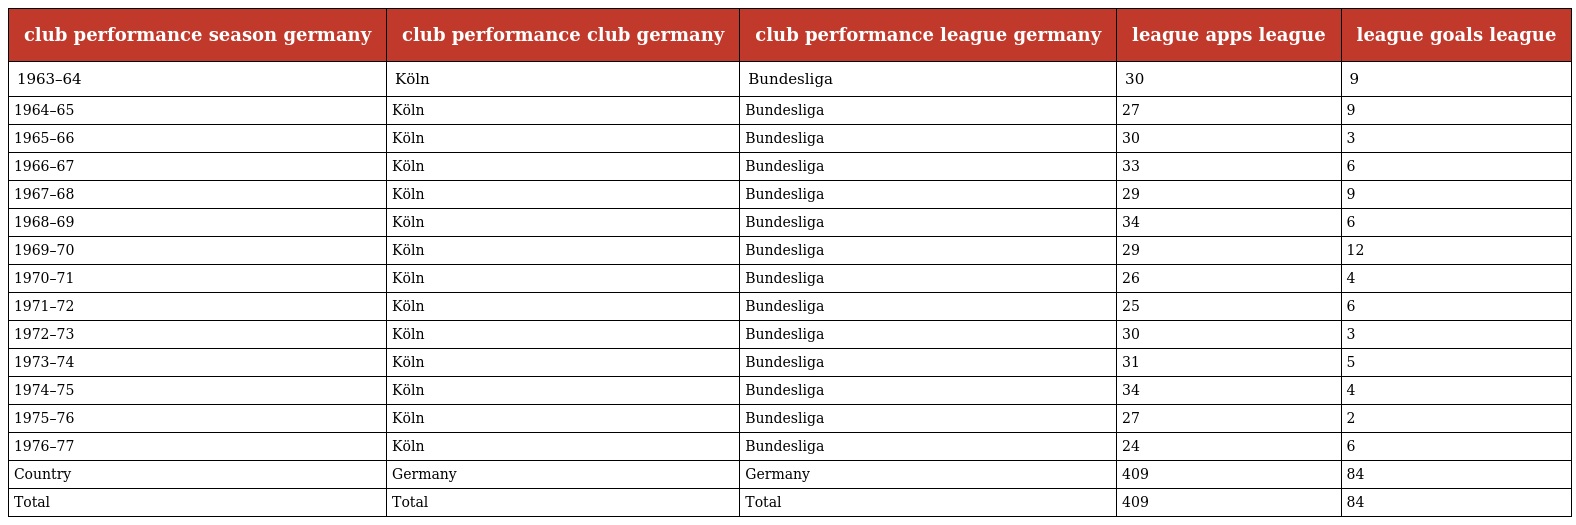
| club performance season germany | club performance club germany | club performance league germany | league apps league | league goals league |
 | --- | --- | --- | --- | --- |
 | 1963–64 | Köln | Bundesliga | 30 | 9 |
 | 1964–65 | Köln | Bundesliga | 27 | 9 |
 | 1965–66 | Köln | Bundesliga | 30 | 3 |
 | 1966–67 | Köln | Bundesliga | 33 | 6 |
 | 1967–68 | Köln | Bundesliga | 29 | 9 |
 | 1968–69 | Köln | Bundesliga | 34 | 6 |
 | 1969–70 | Köln | Bundesliga | 29 | 12 |
 | 1970–71 | Köln | Bundesliga | 26 | 4 |
 | 1971–72 | Köln | Bundesliga | 25 | 6 |
 | 1972–73 | Köln | Bundesliga | 30 | 3 |
 | 1973–74 | Köln | Bundesliga | 31 | 5 |
 | 1974–75 | Köln | Bundesliga | 34 | 4 |
 | 1975–76 | Köln | Bundesliga | 27 | 2 |
 | 1976–77 | Köln | Bundesliga | 24 | 6 |
 | Country | Germany | Germany | 409 | 84 |
 | Total | Total | Total | 409 | 84 |